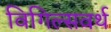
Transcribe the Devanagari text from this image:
विगिल्सवर्थ